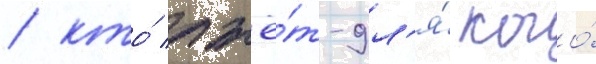
/ кто́ лжё́т-дл'я́ кого́